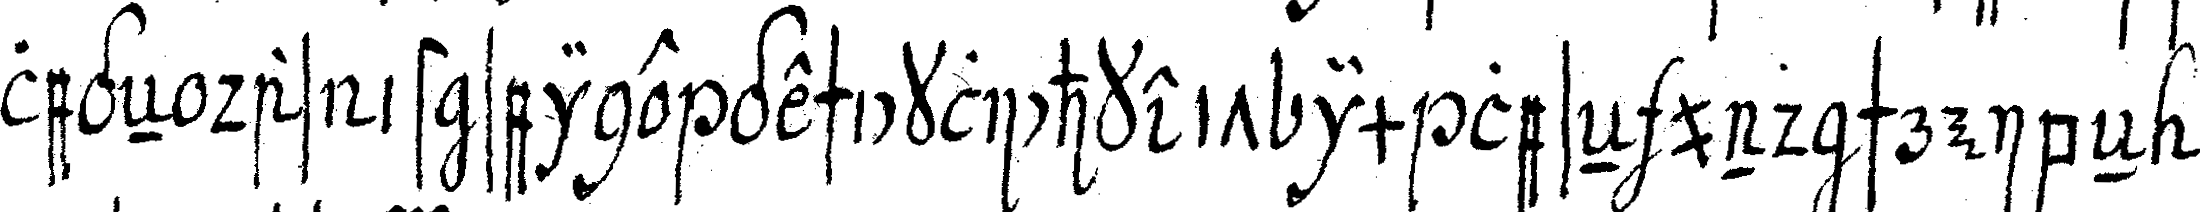
legeN das ist seine geschicklichkeit im leseN und schreibeN